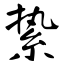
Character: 絷